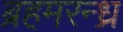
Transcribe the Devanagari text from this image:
ब्रहमरन्ध्र